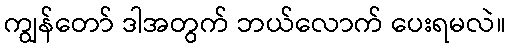
ကျွန်တော် ဒါအတွက် ဘယ်လောက် ပေးရမလဲ။